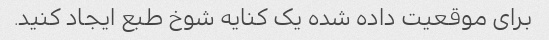
برای موقعیت داده شده یک کنایه شوخ طبع ایجاد کنید.